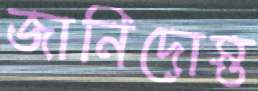
জানিদোস্ত